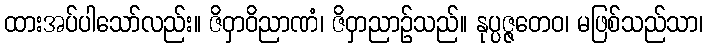
ထားအပ်ပါသော်လည်း။ ဇိဝှာဝိညာဏံ၊ ဇိဝှာညာဉ်သည်။ နုပ္ပဇ္ဇတေဝ၊ မဖြစ်သည်သာ၊